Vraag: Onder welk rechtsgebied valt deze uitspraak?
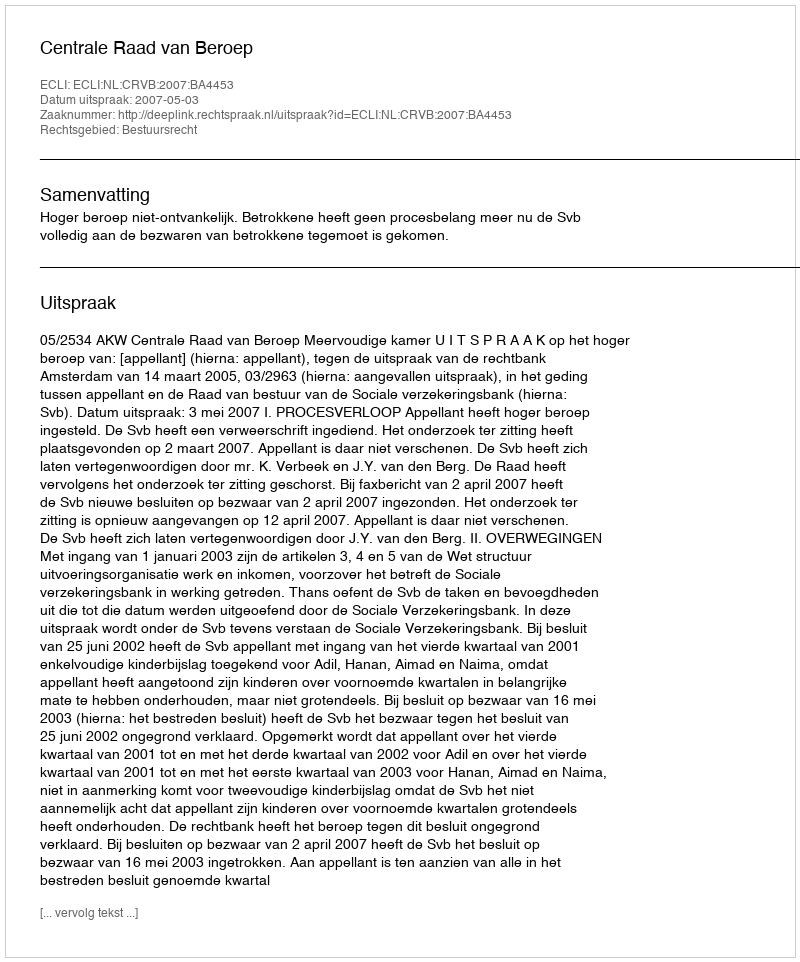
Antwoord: Bestuursrecht